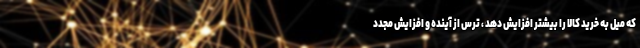
که میل به خرید کالا را بیشتر افزایش دهد ، ترس از آینده و افزایش مجدد